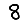
Digit: 8